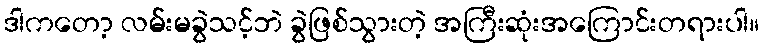
ဒါကတော့ လမ်းမခွဲသင့်ဘဲ ခွဲဖြစ်သွားတဲ့ အကြီးဆုံးအကြောင်းတရားပါ။